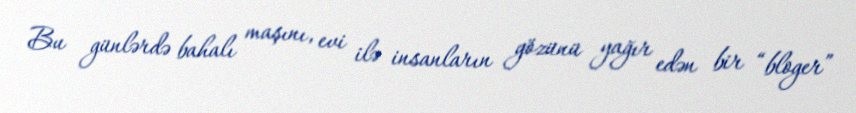
Bu günlərdə bahalı maşını, evi ilə insanların gözünü yağır edən bir “bloger”